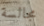
مجالسة